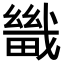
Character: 𤳀